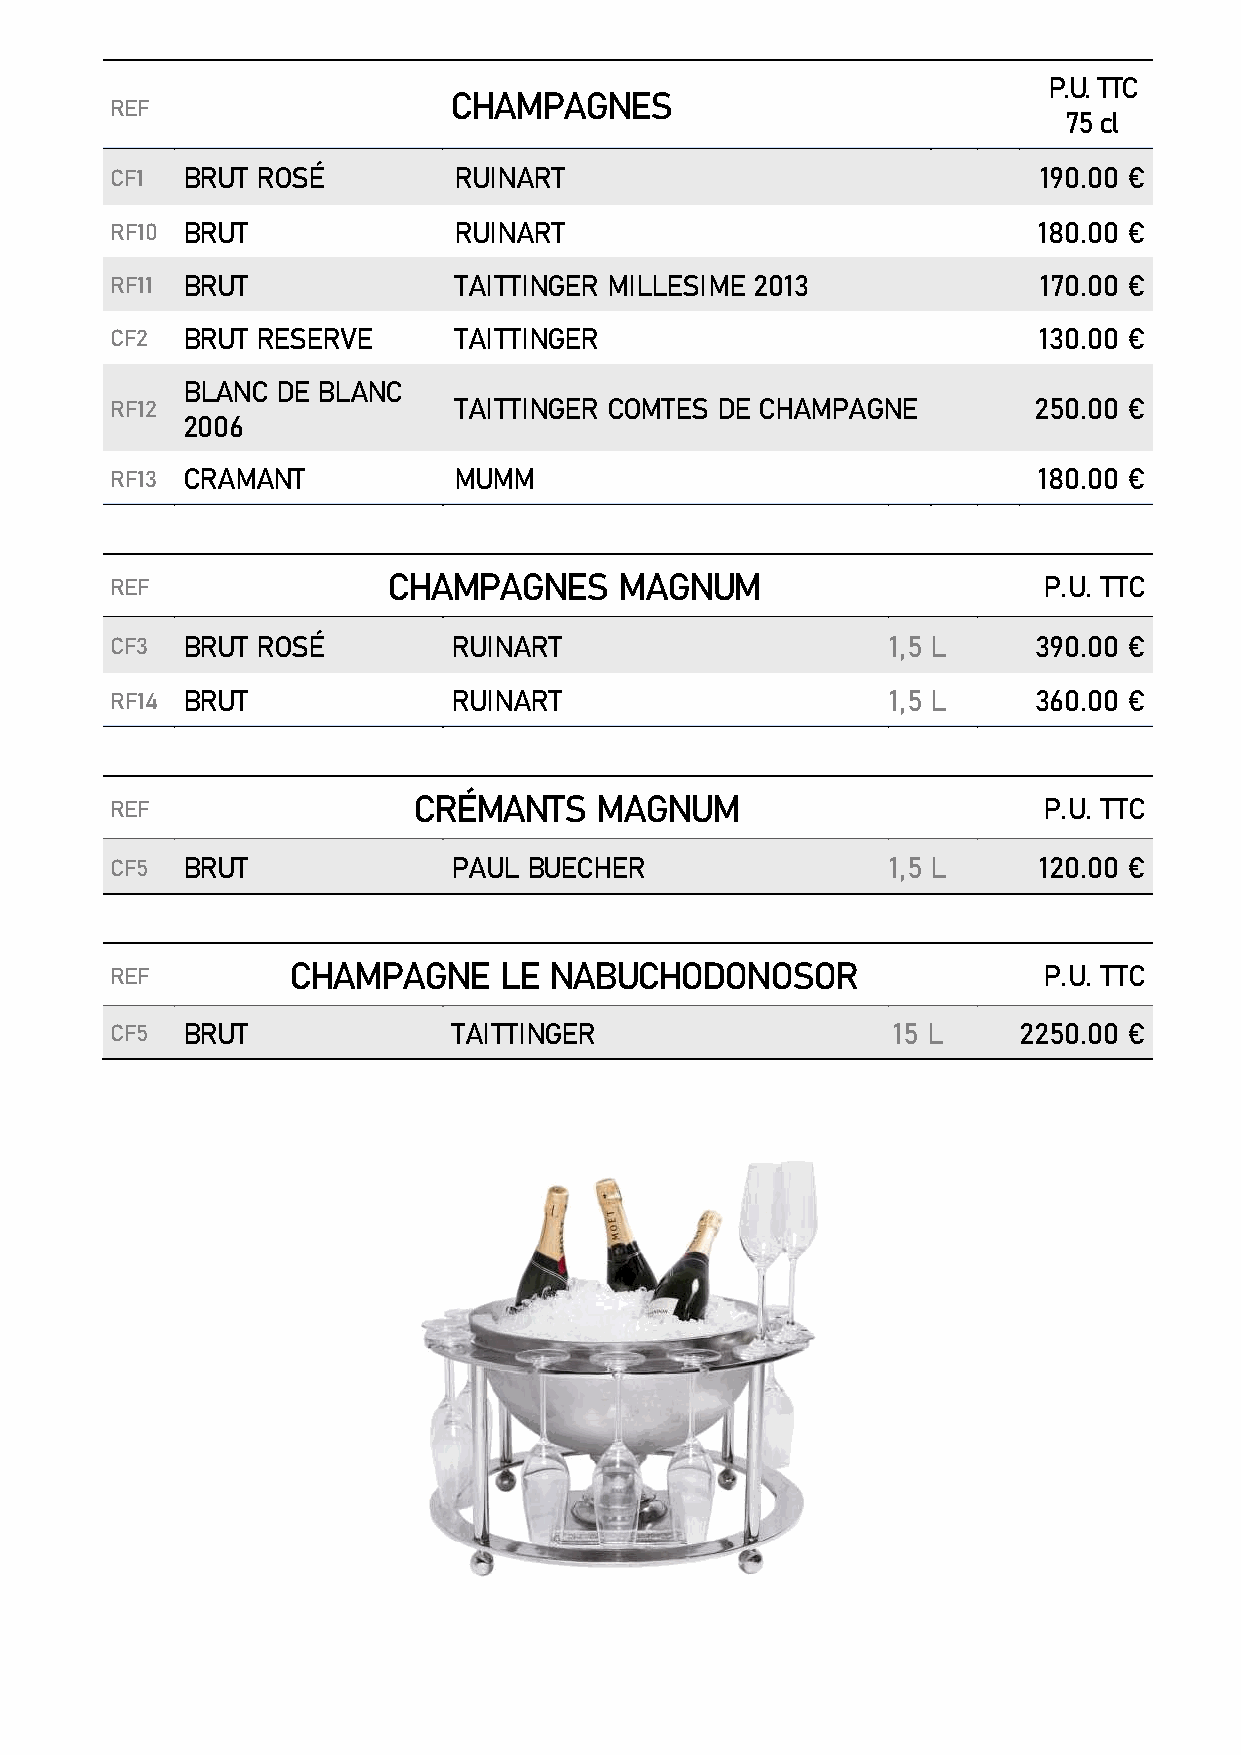
P.U. TTC
 CHAMPAGNES
 REF
 75 cl
 CF1  BRUT ROSÉ         RUINART                                190.00 €
 RF10 BRUT              RUINART                                180.00 €
 RF11 BRUT              TAITTINGER MILLESIME 2013              170.00 €
 CF2  BRUT RESERVE      TAITTINGER                             130.00 €
 BLANC DE BLANC
 RF12                   TAITTINGER COMTES DE CHAMPAGNE        250.00 €
 2006
 RF13 CRAMANT           MUMM                                   180.00 €
 REF                CHAMPAGNES     MAGNUM                      P.U. TTC
 CF3  BRUT ROSÉ         RUINART                      1,5 L    390.00 €
 RF14 BRUT              RUINART                      1,5 L    360.00 €
 REF                 CRÉMANTS    MAGNUM                        P.U. TTC
 CF5  BRUT              PAUL BUECHER                 1,5 L     120.00 €
 REF         CHAMPAGNE     LE NABUCHODONOSOR                   P.U. TTC
 CF5  BRUT              TAITTINGER                   15 L    2250.00 €